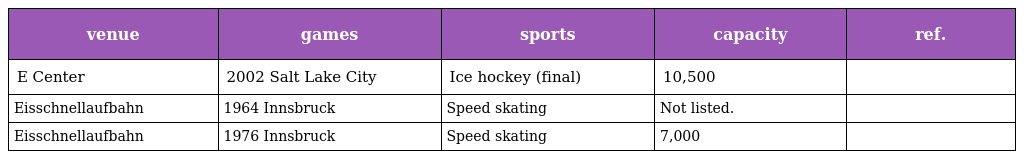
| venue | games | sports | capacity | ref. |
 | --- | --- | --- | --- | --- |
 | E Center | 2002 Salt Lake City | Ice hockey (final) | 10,500 |  |
 | Eisschnellaufbahn | 1964 Innsbruck | Speed skating | Not listed. |  |
 | Eisschnellaufbahn | 1976 Innsbruck | Speed skating | 7,000 |  |